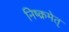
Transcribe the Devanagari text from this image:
निष्क्रमेत्